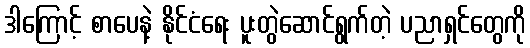
ဒါကြောင့် စာပေနဲ့ နိုင်ငံရေး ပူးတွဲဆောင်ရွက်တဲ့ ပညာရှင်တွေကို